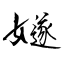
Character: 嬘